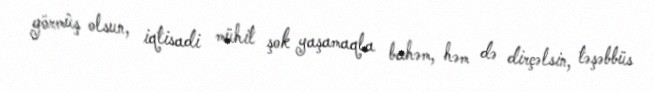
görmüş olsun, iqtisadi mühit şok yaşamaqla bahəm, həm də dirçəlsin, təşəbbüs